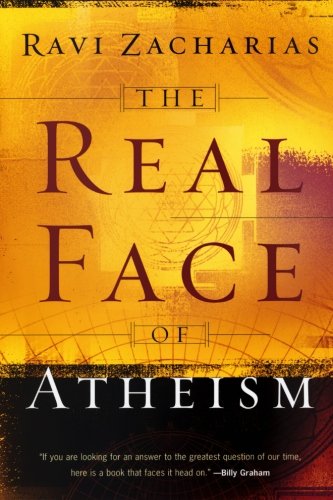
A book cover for The Real Face of Atheism; Ravi Zacharias; Religion & Spirituality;